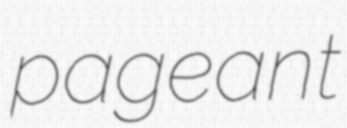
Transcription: pageant